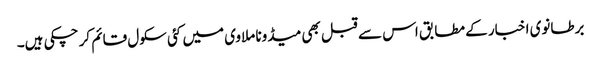
برطانوی اخبار کے مطابق اس سے قبل بھی میڈونا ملاوی میں کئی سکول قائم کر چکی ہیں۔